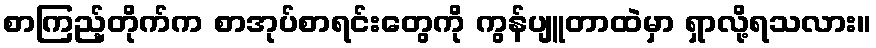
စာကြည့်တိုက်က စာအုပ်စာရင်းတွေကို ကွန်ပျူတာထဲမှာ ရှာလို့ရသလား။